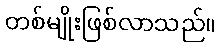
တစ်မျိုးဖြစ်လာသည်။